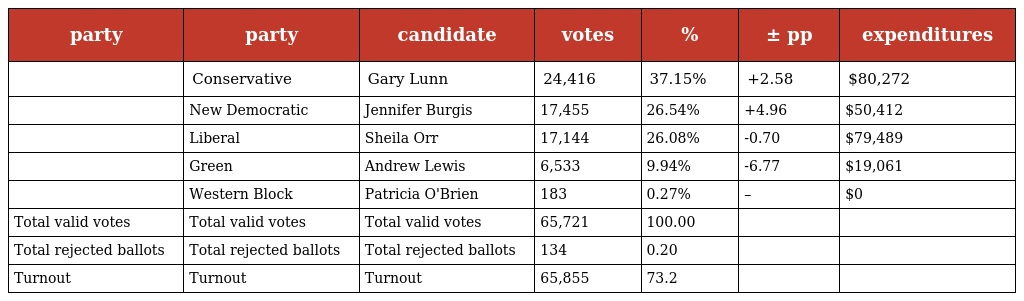
| party | party | candidate | votes | % | ± pp | expenditures |
 | --- | --- | --- | --- | --- | --- | --- |
 |  | Conservative | Gary Lunn | 24,416 | 37.15% | +2.58 | $80,272 |
 |  | New Democratic | Jennifer Burgis | 17,455 | 26.54% | +4.96 | $50,412 |
 |  | Liberal | Sheila Orr | 17,144 | 26.08% | -0.70 | $79,489 |
 |  | Green | Andrew Lewis | 6,533 | 9.94% | -6.77 | $19,061 |
 |  | Western Block | Patricia O'Brien | 183 | 0.27% | – | $0 |
 | Total valid votes | Total valid votes | Total valid votes | 65,721 | 100.00 |  |  |
 | Total rejected ballots | Total rejected ballots | Total rejected ballots | 134 | 0.20 |  |  |
 | Turnout | Turnout | Turnout | 65,855 | 73.2 |  |  |